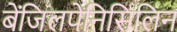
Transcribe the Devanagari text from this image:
बेंजिलपेनिसिलिन